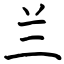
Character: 兰